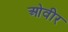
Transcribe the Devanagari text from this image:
ओवीर